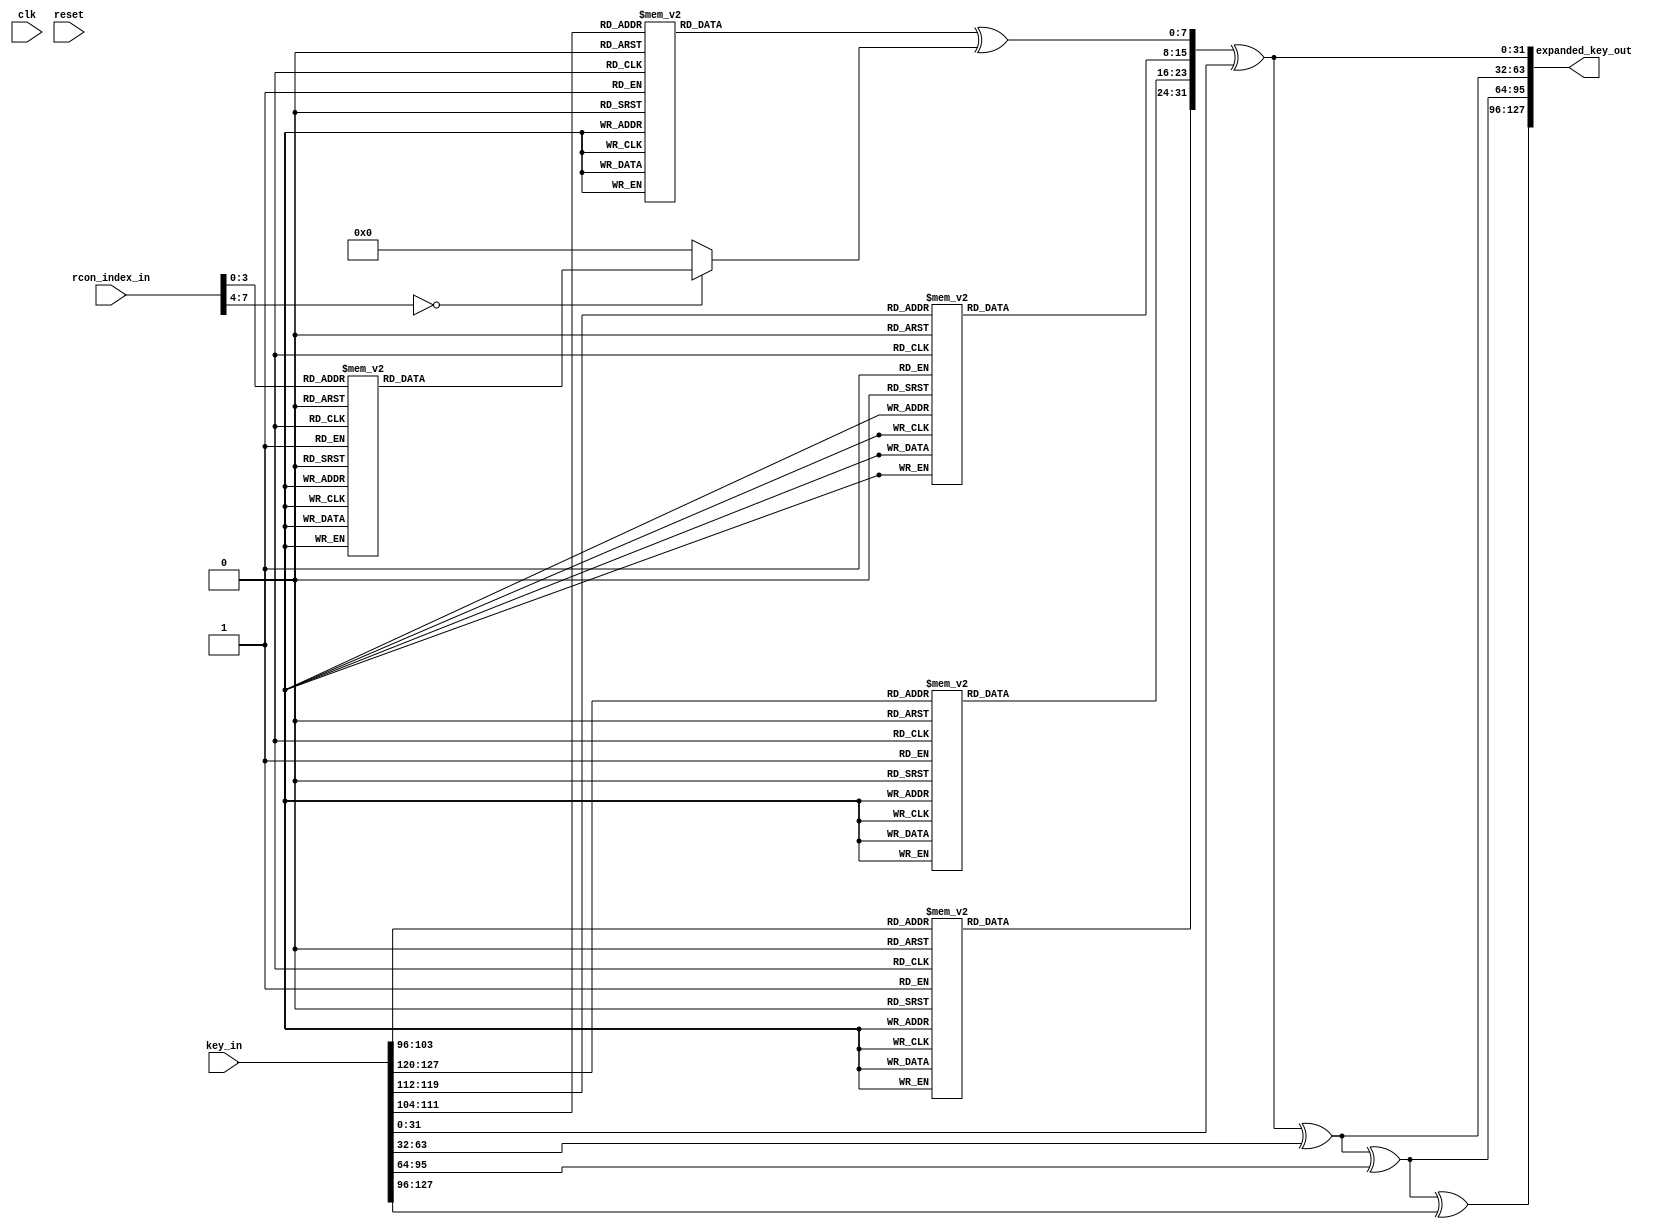
`timescale 1ns / 1ps



module expand_key_core(
    input wire clk,
    input wire reset,   
    input wire [127:0] key_in,
    input wire [7:0] rcon_index_in,
   	output wire[127:0] expanded_key_out
    );
     
    //Internal Signals
    reg[127:0] expanded_key_next, expanded_key_reg;	
    reg[255:0] expanded_key_temp;
    reg[31:0] core_state;
    reg[7:0] temp;
	reg[7:0] rcon_index;
    
    
//    always @(posedge clk)
//    begin
//        expanded_key_reg <= expanded_key_next;
//    ends
       
    
    always @*
    begin
   
   	rcon_index = rcon_index_in;
	    
	expanded_key_temp[127:0]=key_in[127:0];

    core_state[31:0]=expanded_key_temp[127: 96];//pass last 4 bytes of key to coreState
    
    //------------------------------------------------------------KeyExpansionCore
    //Rotate left
    temp=core_state[7:0];
    core_state[31:0] = core_state[31:0] >> 8;
    core_state[31:24]=temp;
    
    //Perform S-Box substitution
    core_state[31:24] = sbox(core_state[31:24]);
    core_state[23:16] = sbox(core_state[23:16]);
    core_state[15:8] = sbox(core_state[15:8]);
    core_state[7:0] = sbox(core_state[7:0]);

    //R-Con First byte XORd with corresponding Rcon Value 
    core_state[7:0] = core_state[7:0]^Rcon(rcon_index);
    //------------------------------------------------------------KeyExpansionCore

    //Perform XOR in blocks of 4 bytes to expand key
    expanded_key_temp[159:128]=core_state[31:0]^expanded_key_temp[31:0];
    expanded_key_temp[191:160]=expanded_key_temp[159:128]^expanded_key_temp[63:32];
    expanded_key_temp[223:192]=expanded_key_temp[191:160]^expanded_key_temp[95:64];
    expanded_key_temp[255:224]=expanded_key_temp[223:192]^expanded_key_temp[127:96];  
    /********************************************************************************/

    expanded_key_next[127:0] = expanded_key_temp[255:128];
    
    core_state[31:0] = expanded_key_next[127:96];
    
    expanded_key_temp[127:0] = expanded_key_temp[255:128];
    
	
    end
    
    assign expanded_key_out = expanded_key_next;

    
   
   
    function [7:0] Rcon;
      input[7:0] RconCount;
      case (RconCount)
        8'h1 : Rcon = 8'h01;
        8'h2 : Rcon = 8'h02;
        8'h3 : Rcon = 8'h04;
        8'h4 : Rcon = 8'h08;
        8'h5 : Rcon = 8'h10;
        8'h6 : Rcon = 8'h20;
        8'h7 : Rcon = 8'h40;
        8'h8 : Rcon = 8'h80;
        8'h9 : Rcon = 8'h1B;
        8'hA : Rcon = 8'h36;
        8'hB : Rcon = 8'h6C;
        8'hC : Rcon = 8'hD8;
        8'hD : Rcon = 8'hAB;
        8'hE : Rcon = 8'h4D;
        8'hF : Rcon = 8'h9A;
        default : Rcon = 8'h00;
      endcase
    endfunction
    
      function [7:0] sbox;
      input[7:0] address;
      //This function implements the "s-box", it takes in one byte
      //and returns this corresponding substituted byte
      begin
        case (address)
          8'h0 : sbox = 8'h63;
          8'h1 : sbox = 8'h7C;
          8'h2 : sbox = 8'h77;
          8'h3 : sbox = 8'h7B;
          8'h4 : sbox = 8'hF2;
          8'h5 : sbox = 8'h6B;
          8'h6 : sbox = 8'h6F;
          8'h7 : sbox = 8'hC5;
          8'h8 : sbox = 8'h30;
          8'h9 : sbox = 8'h1;
          8'hA : sbox = 8'h67;
          8'hB : sbox = 8'h2B;
          8'hC : sbox = 8'hFE;
          8'hD : sbox = 8'hD7;
          8'hE : sbox = 8'hAB;
          8'hF : sbox = 8'h76;
          8'h10 : sbox = 8'hCA;
          8'h11 : sbox = 8'h82;
          8'h12 : sbox = 8'hC9;
          8'h13 : sbox = 8'h7D;
          8'h14 : sbox = 8'hFA;
          8'h15 : sbox = 8'h59;
          8'h16 : sbox = 8'h47;
          8'h17 : sbox = 8'hF0;
          8'h18 : sbox = 8'hAD;
          8'h19 : sbox = 8'hD4;
          8'h1A : sbox = 8'hA2;
          8'h1B : sbox = 8'hAF;
          8'h1C : sbox = 8'h9C;
          8'h1D : sbox = 8'hA4;
          8'h1E : sbox = 8'h72;
          8'h1F : sbox = 8'hC0;
          8'h20 : sbox = 8'hB7;
          8'h21 : sbox = 8'hFD;
          8'h22 : sbox = 8'h93;
          8'h23 : sbox = 8'h26;
          8'h24 : sbox = 8'h36;
          8'h25 : sbox = 8'h3F;
          8'h26 : sbox = 8'hF7;
          8'h27 : sbox = 8'hCC;
          8'h28 : sbox = 8'h34;
          8'h29 : sbox = 8'hA5;
          8'h2A : sbox = 8'hE5;
          8'h2B : sbox = 8'hF1;
          8'h2C : sbox = 8'h71;
          8'h2D : sbox = 8'hD8;
          8'h2E : sbox = 8'h31;
          8'h2F : sbox = 8'h15;
          8'h30 : sbox = 8'h4;
          8'h31 : sbox = 8'hC7;
          8'h32 : sbox = 8'h23;
          8'h33 : sbox = 8'hC3;
          8'h34 : sbox = 8'h18;
          8'h35 : sbox = 8'h96;
          8'h36 : sbox = 8'h5;
          8'h37 : sbox = 8'h9A;
          8'h38 : sbox = 8'h7;
          8'h39 : sbox = 8'h12;
          8'h3A : sbox = 8'h80;
          8'h3B : sbox = 8'hE2;
          8'h3C : sbox = 8'hEB;
          8'h3D : sbox = 8'h27;
          8'h3E : sbox = 8'hB2;
          8'h3F : sbox = 8'h75;
          8'h40 : sbox = 8'h9;
          8'h41 : sbox = 8'h83;
          8'h42 : sbox = 8'h2C;
          8'h43 : sbox = 8'h1A;
          8'h44 : sbox = 8'h1B;
          8'h45 : sbox = 8'h6E;
          8'h46 : sbox = 8'h5A;
          8'h47 : sbox = 8'hA0;
          8'h48 : sbox = 8'h52;
          8'h49 : sbox = 8'h3B;
          8'h4A : sbox = 8'hD6;
          8'h4B : sbox = 8'hB3;
          8'h4C : sbox = 8'h29;
          8'h4D : sbox = 8'hE3;
          8'h4E : sbox = 8'h2F;
          8'h4F : sbox = 8'h84;
          8'h50 : sbox = 8'h53;
          8'h51 : sbox = 8'hD1;
          8'h52 : sbox = 8'h0;
          8'h53 : sbox = 8'hED;
          8'h54 : sbox = 8'h20;
          8'h55 : sbox = 8'hFC;
          8'h56 : sbox = 8'hB1;
          8'h57 : sbox = 8'h5B;
          8'h58 : sbox = 8'h6A;
          8'h59 : sbox = 8'hCB;
          8'h5A : sbox = 8'hBE;
          8'h5B : sbox = 8'h39;
          8'h5C : sbox = 8'h4A;
          8'h5D : sbox = 8'h4C;
          8'h5E : sbox = 8'h58;
          8'h5F : sbox = 8'hCF;
          8'h60 : sbox = 8'hD0;
          8'h61 : sbox = 8'hEF;
          8'h62 : sbox = 8'hAA;
          8'h63 : sbox = 8'hFB;
          8'h64 : sbox = 8'h43;
          8'h65 : sbox = 8'h4D;
          8'h66 : sbox = 8'h33;
          8'h67 : sbox = 8'h85;
          8'h68 : sbox = 8'h45;
          8'h69 : sbox = 8'hF9;
          8'h6A : sbox = 8'h2;
          8'h6B : sbox = 8'h7F;
          8'h6C : sbox = 8'h50;
          8'h6D : sbox = 8'h3C;
          8'h6E : sbox = 8'h9F;
          8'h6F : sbox = 8'hA8;
          8'h70 : sbox = 8'h51;
          8'h71 : sbox = 8'hA3;
          8'h72 : sbox = 8'h40;
          8'h73 : sbox = 8'h8F;
          8'h74 : sbox = 8'h92;
          8'h75 : sbox = 8'h9D;
          8'h76 : sbox = 8'h38;
          8'h77 : sbox = 8'hF5;
          8'h78 : sbox = 8'hBC;
          8'h79 : sbox = 8'hB6;
          8'h7A : sbox = 8'hDA;
          8'h7B : sbox = 8'h21;
          8'h7C : sbox = 8'h10;
          8'h7D : sbox = 8'hFF;
          8'h7E : sbox = 8'hF3;
          8'h7F : sbox = 8'hD2;
          8'h80 : sbox = 8'hCD;
          8'h81 : sbox = 8'hC;
          8'h82 : sbox = 8'h13;
          8'h83 : sbox = 8'hEC;
          8'h84 : sbox = 8'h5F;
          8'h85 : sbox = 8'h97;
          8'h86 : sbox = 8'h44;
          8'h87 : sbox = 8'h17;
          8'h88 : sbox = 8'hC4;
          8'h89 : sbox = 8'hA7;
          8'h8A : sbox = 8'h7E;
          8'h8B : sbox = 8'h3D;
          8'h8C : sbox = 8'h64;
          8'h8D : sbox = 8'h5D;
          8'h8E : sbox = 8'h19;
          8'h8F : sbox = 8'h73;
          8'h90 : sbox = 8'h60;
          8'h91 : sbox = 8'h81;
          8'h92 : sbox = 8'h4F;
          8'h93 : sbox = 8'hDC;
          8'h94 : sbox = 8'h22;
          8'h95 : sbox = 8'h2A;
          8'h96 : sbox = 8'h90;
          8'h97 : sbox = 8'h88;
          8'h98 : sbox = 8'h46;
          8'h99 : sbox = 8'hEE;
          8'h9A : sbox = 8'hB8;
          8'h9B : sbox = 8'h14;
          8'h9C : sbox = 8'hDE;
          8'h9D : sbox = 8'h5E;
          8'h9E : sbox = 8'hB;
          8'h9F : sbox = 8'hDB;
          8'hA0 : sbox = 8'hE0;
          8'hA1 : sbox = 8'h32;
          8'hA2 : sbox = 8'h3A;
          8'hA3 : sbox = 8'hA;
          8'hA4 : sbox = 8'h49;
          8'hA5 : sbox = 8'h6;
          8'hA6 : sbox = 8'h24;
          8'hA7 : sbox = 8'h5C;
          8'hA8 : sbox = 8'hC2;
          8'hA9 : sbox = 8'hD3;
          8'hAA : sbox = 8'hAC;
          8'hAB : sbox = 8'h62;
          8'hAC : sbox = 8'h91;
          8'hAD : sbox = 8'h95;
          8'hAE : sbox = 8'hE4;
          8'hAF : sbox = 8'h79;
          8'hB0 : sbox = 8'hE7;
          8'hB1 : sbox = 8'hC8;
          8'hB2 : sbox = 8'h37;
          8'hB3 : sbox = 8'h6D;
          8'hB4 : sbox = 8'h8D;
          8'hB5 : sbox = 8'hD5;
          8'hB6 : sbox = 8'h4E;
          8'hB7 : sbox = 8'hA9;
          8'hB8 : sbox = 8'h6C;
          8'hB9 : sbox = 8'h56;
          8'hBA : sbox = 8'hF4;
          8'hBB : sbox = 8'hEA;
          8'hBC : sbox = 8'h65;
          8'hBD : sbox = 8'h7A;
          8'hBE : sbox = 8'hAE;
          8'hBF : sbox = 8'h8;
          8'hC0 : sbox = 8'hBA;
          8'hC1 : sbox = 8'h78;
          8'hC2 : sbox = 8'h25;
          8'hC3 : sbox = 8'h2E;
          8'hC4 : sbox = 8'h1C;
          8'hC5 : sbox = 8'hA6;
          8'hC6 : sbox = 8'hB4;
          8'hC7 : sbox = 8'hC6;
          8'hC8 : sbox = 8'hE8;
          8'hC9 : sbox = 8'hDD;
          8'hCA : sbox = 8'h74;
          8'hCB : sbox = 8'h1F;
          8'hCC : sbox = 8'h4B;
          8'hCD : sbox = 8'hBD;
          8'hCE : sbox = 8'h8B;
          8'hCF : sbox = 8'h8A;
          8'hD0 : sbox = 8'h70;
          8'hD1 : sbox = 8'h3E;
          8'hD2 : sbox = 8'hB5;
          8'hD3 : sbox = 8'h66;
          8'hD4 : sbox = 8'h48;
          8'hD5 : sbox = 8'h3;
          8'hD6 : sbox = 8'hF6;
          8'hD7 : sbox = 8'hE;
          8'hD8 : sbox = 8'h61;
          8'hD9 : sbox = 8'h35;
          8'hDA : sbox = 8'h57;
          8'hDB : sbox = 8'hB9;
          8'hDC : sbox = 8'h86;
          8'hDD : sbox = 8'hC1;
          8'hDE : sbox = 8'h1D;
          8'hDF : sbox = 8'h9E;
          8'hE0 : sbox = 8'hE1;
          8'hE1 : sbox = 8'hF8;
          8'hE2 : sbox = 8'h98;
          8'hE3 : sbox = 8'h11;
          8'hE4 : sbox = 8'h69;
          8'hE5 : sbox = 8'hD9;
          8'hE6 : sbox = 8'h8E;
          8'hE7 : sbox = 8'h94;
          8'hE8 : sbox = 8'h9B;
          8'hE9 : sbox = 8'h1E;
          8'hEA : sbox = 8'h87;
          8'hEB : sbox = 8'hE9;
          8'hEC : sbox = 8'hCE;
          8'hED : sbox = 8'h55;
          8'hEE : sbox = 8'h28;
          8'hEF : sbox = 8'hDF;
          8'hF0 : sbox = 8'h8C;
          8'hF1 : sbox = 8'hA1;
          8'hF2 : sbox = 8'h89;
          8'hF3 : sbox = 8'hD;
          8'hF4 : sbox = 8'hBF;
          8'hF5 : sbox = 8'hE6;
          8'hF6 : sbox = 8'h42;
          8'hF7 : sbox = 8'h68;
          8'hF8 : sbox = 8'h41;
          8'hF9 : sbox = 8'h99;
          8'hFA : sbox = 8'h2D;
          8'hFB : sbox = 8'hF;
          8'hFC : sbox = 8'hB0;
          8'hFD : sbox = 8'h54;
          8'hFE : sbox = 8'hBB;
          8'hFF : sbox = 8'h16;
          default : sbox = 8'h0;
        endcase
      end
    endfunction   
endmodule